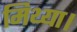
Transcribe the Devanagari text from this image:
मिथ्या।